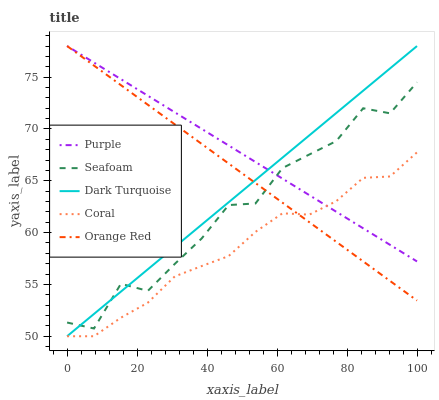
| xaxis_label | Purple | Seafoam | Dark Turquoise | Coral | Orange Red |
 | --- | --- | --- | --- | --- | --- |
 | 0 | 78 | 51.3 | 50 | 50 | 78 |
 | 7.69 | 76.4 | 50.7 | 52.2 | 50 | 76.1 |
 | 15.4 | 74.8 | 55.1 | 54.3 | 51.8 | 74.2 |
 | 23.1 | 73.2 | 54.4 | 56.5 | 53.2 | 72.3 |
 | 30.8 | 71.6 | 57 | 58.6 | 55.8 | 70.4 |
 | 38.5 | 70 | 59.4 | 60.8 | 56.8 | 68.6 |
 | 46.2 | 68.4 | 62.7 | 62.9 | 57.7 | 66.7 |
 | 53.8 | 66.8 | 62.8 | 65.1 | 60.1 | 64.8 |
 | 61.5 | 65.2 | 66.2 | 67.2 | 61.9 | 62.9 |
 | 69.2 | 63.6 | 67.5 | 69.4 | 61.7 | 61 |
 | 76.9 | 62 | 68.8 | 71.5 | 63 | 59.1 |
 | 84.6 | 60.4 | 72 | 73.7 | 65.3 | 57.2 |
 | 92.3 | 58.8 | 71.5 | 75.8 | 65.4 | 55.3 |
 | 100 | 57.2 | 74.5 | 78 | 67.7 | 53.4 |